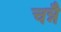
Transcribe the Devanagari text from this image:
चन्नै